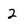
Character: 2